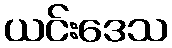
ယင်းဒေသ